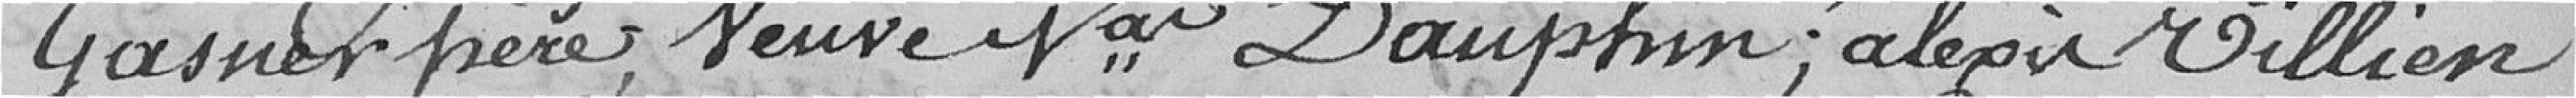
Gasner père, veuve Var Dauphin ; Alexis Villien,